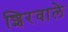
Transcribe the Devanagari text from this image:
शिरवाले